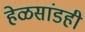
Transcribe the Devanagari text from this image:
हेळसांडही